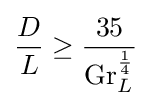
{\frac {D}{L}}\geq {\frac {35}{\mathrm {Gr} _{L}^{\frac {1}{4}}}}